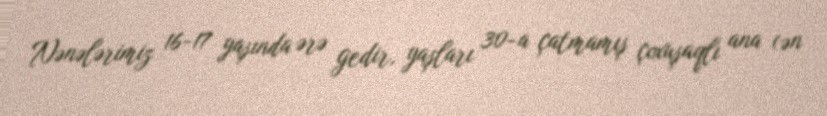
Nənələrimiz 16-17 yaşında ərə gedir, yaşları 30-a çatmamış çoxuşaqlı ana (ən